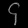
Digit: ၄